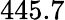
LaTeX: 445.7